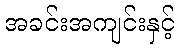
အခင်းအကျင်းနှင့်